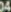
04